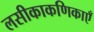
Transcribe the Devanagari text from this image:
लसीकाकणिकाएँ